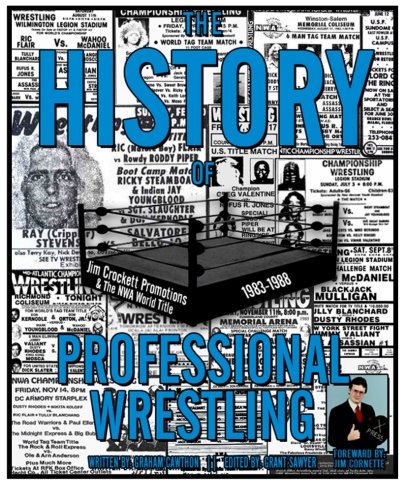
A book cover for The History of Professional Wrestling: Jim Crockett Promotions & the NWA World Title 1983-1988 (Volume 3); Graham Cawthon; Sports & Outdoors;